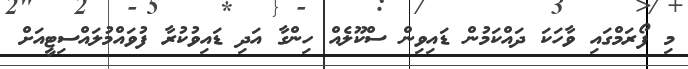
މި ފޯރަމްގައި ވާހަކަ ދައްކަމުން ޑައިވިން ސްކޫލެއް ހިންގާ އަދި ޑައިވުކުރާ ފުވައްމުލައްސިޓީއަށް